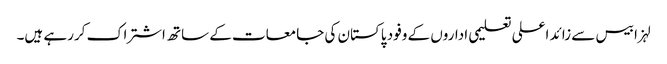
لہزا بیس سے زائد اعلی تعلیمی اداروں کے وفود پاکستان کی جامعات کے ساتھ اشتراک کررہے ہیں۔